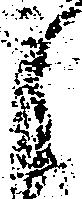
ら